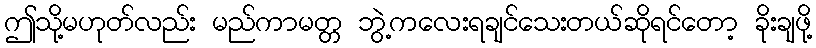
ဤသို့မဟုတ်လည်း မည်ကာမတ္တ ဘွဲ့ကလေးရချင်သေးတယ်ဆိုရင်တော့ ခိုးချဖို့